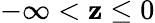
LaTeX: -\infty<\mathbf{z}\leq0